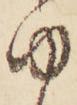
ゆ